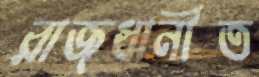
রাজধানীত